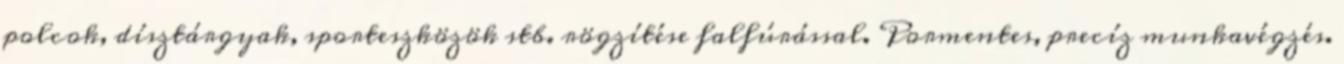
polcok, dísztárgyak, sporteszközök stb. rögzítése falfúrással. Pormentes, precíz munkavégzés.